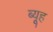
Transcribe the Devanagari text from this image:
ब्यूह